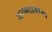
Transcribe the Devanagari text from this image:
जाण्यायोग्य